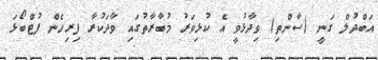
އަބްދުލް ގަނީ (ސާންތި) ވިދާޅުވީ އެ ކުޅިވަރު މުބާރާތުގައި ވާދަކުރާ ފިރިހެން ފުޓްބޯޅަ